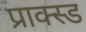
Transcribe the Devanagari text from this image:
प्राक्स्ड